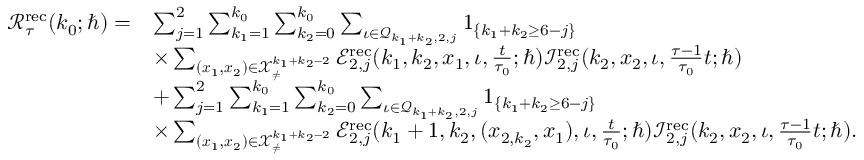
\begin{array} { r l } { \mathcal { R } _ { \tau } ^ { \mathrm { r e c } } ( k _ { 0 } ; \hbar ) = } & { \sum _ { j = 1 } ^ { 2 } \sum _ { k _ { 1 } = 1 } ^ { k _ { 0 } } \sum _ { k _ { 2 } = 0 } ^ { k _ { 0 } } \sum _ { \iota \in \mathcal { Q } _ { k _ { 1 } + k _ { 2 } , 2 , j } } \boldsymbol { 1 } _ { \{ k _ { 1 } + k _ { 2 } \geq 6 - j \} } } \\ & { \times \sum _ { ( \boldsymbol { x } _ { 1 } , \boldsymbol { x } _ { 2 } ) \in \mathcal { X } _ { \neq } ^ { k _ { 1 } + k _ { 2 } - 2 } } \mathcal { E } _ { 2 , j } ^ { \mathrm { r e c } } ( k _ { 1 } , k _ { 2 } , \boldsymbol { x } _ { 1 } , \iota , \frac { t } { \tau _ { 0 } } ; \hbar ) \mathcal { I } _ { 2 , j } ^ { \mathrm { r e c } } ( k _ { 2 } , \boldsymbol { x } _ { 2 } , \iota , \frac { \tau - 1 } { \tau _ { 0 } } t ; \hbar ) } \\ & { + \sum _ { j = 1 } ^ { 2 } \sum _ { k _ { 1 } = 1 } ^ { k _ { 0 } } \sum _ { k _ { 2 } = 0 } ^ { k _ { 0 } } \sum _ { \iota \in \mathcal { Q } _ { k _ { 1 } + k _ { 2 } , 2 , j } } \boldsymbol { 1 } _ { \{ k _ { 1 } + k _ { 2 } \geq 6 - j \} } } \\ & { \times \sum _ { ( \boldsymbol { x } _ { 1 } , \boldsymbol { x } _ { 2 } ) \in \mathcal { X } _ { \neq } ^ { k _ { 1 } + k _ { 2 } - 2 } } \mathcal { E } _ { 2 , j } ^ { \mathrm { r e c } } ( k _ { 1 } + 1 , k _ { 2 } , ( x _ { 2 , k _ { 2 } } , \boldsymbol { x } _ { 1 } ) , \iota , \frac { t } { \tau _ { 0 } } ; \hbar ) \mathcal { I } _ { 2 , j } ^ { \mathrm { r e c } } ( k _ { 2 } , \boldsymbol { x } _ { 2 } , \iota , \frac { \tau - 1 } { \tau _ { 0 } } t ; \hbar ) . } \end{array}